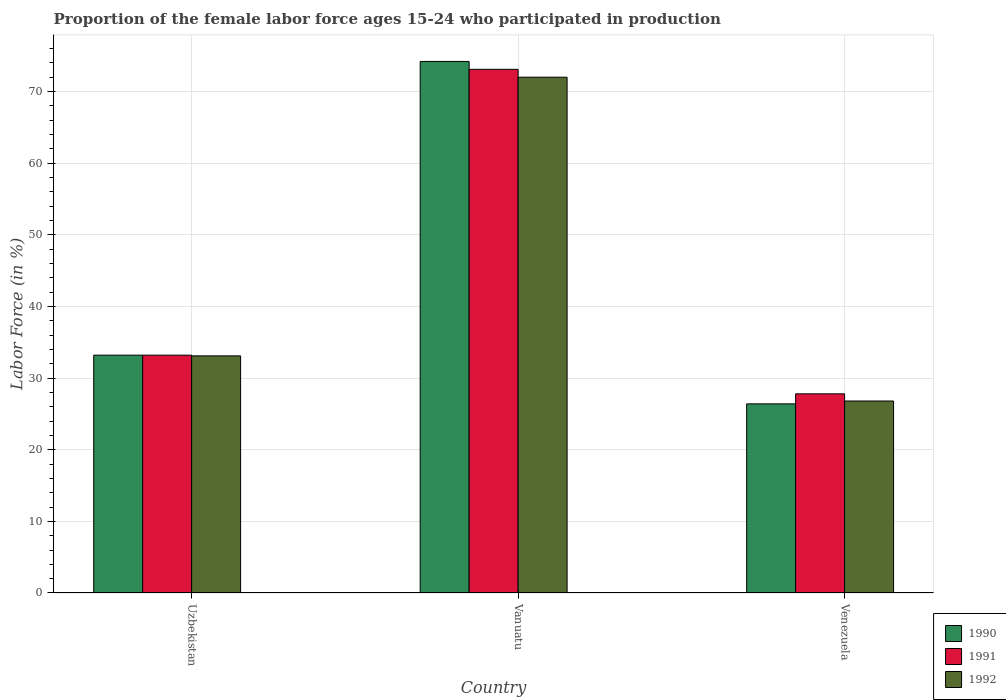
| Country | 1990 | 1991 | 1992 |
 | --- | --- | --- | --- |
 | Uzbekistan | 33.2 | 33.2 | 33.1 |
 | Vanuatu | 74.2 | 73.1 | 72 |
 | Venezuela | 26.4 | 27.8 | 26.8 |